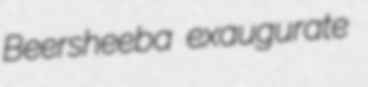
Beersheeba exaugurate